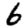
Digit: 6